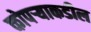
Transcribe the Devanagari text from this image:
कोपऱ्याकडील